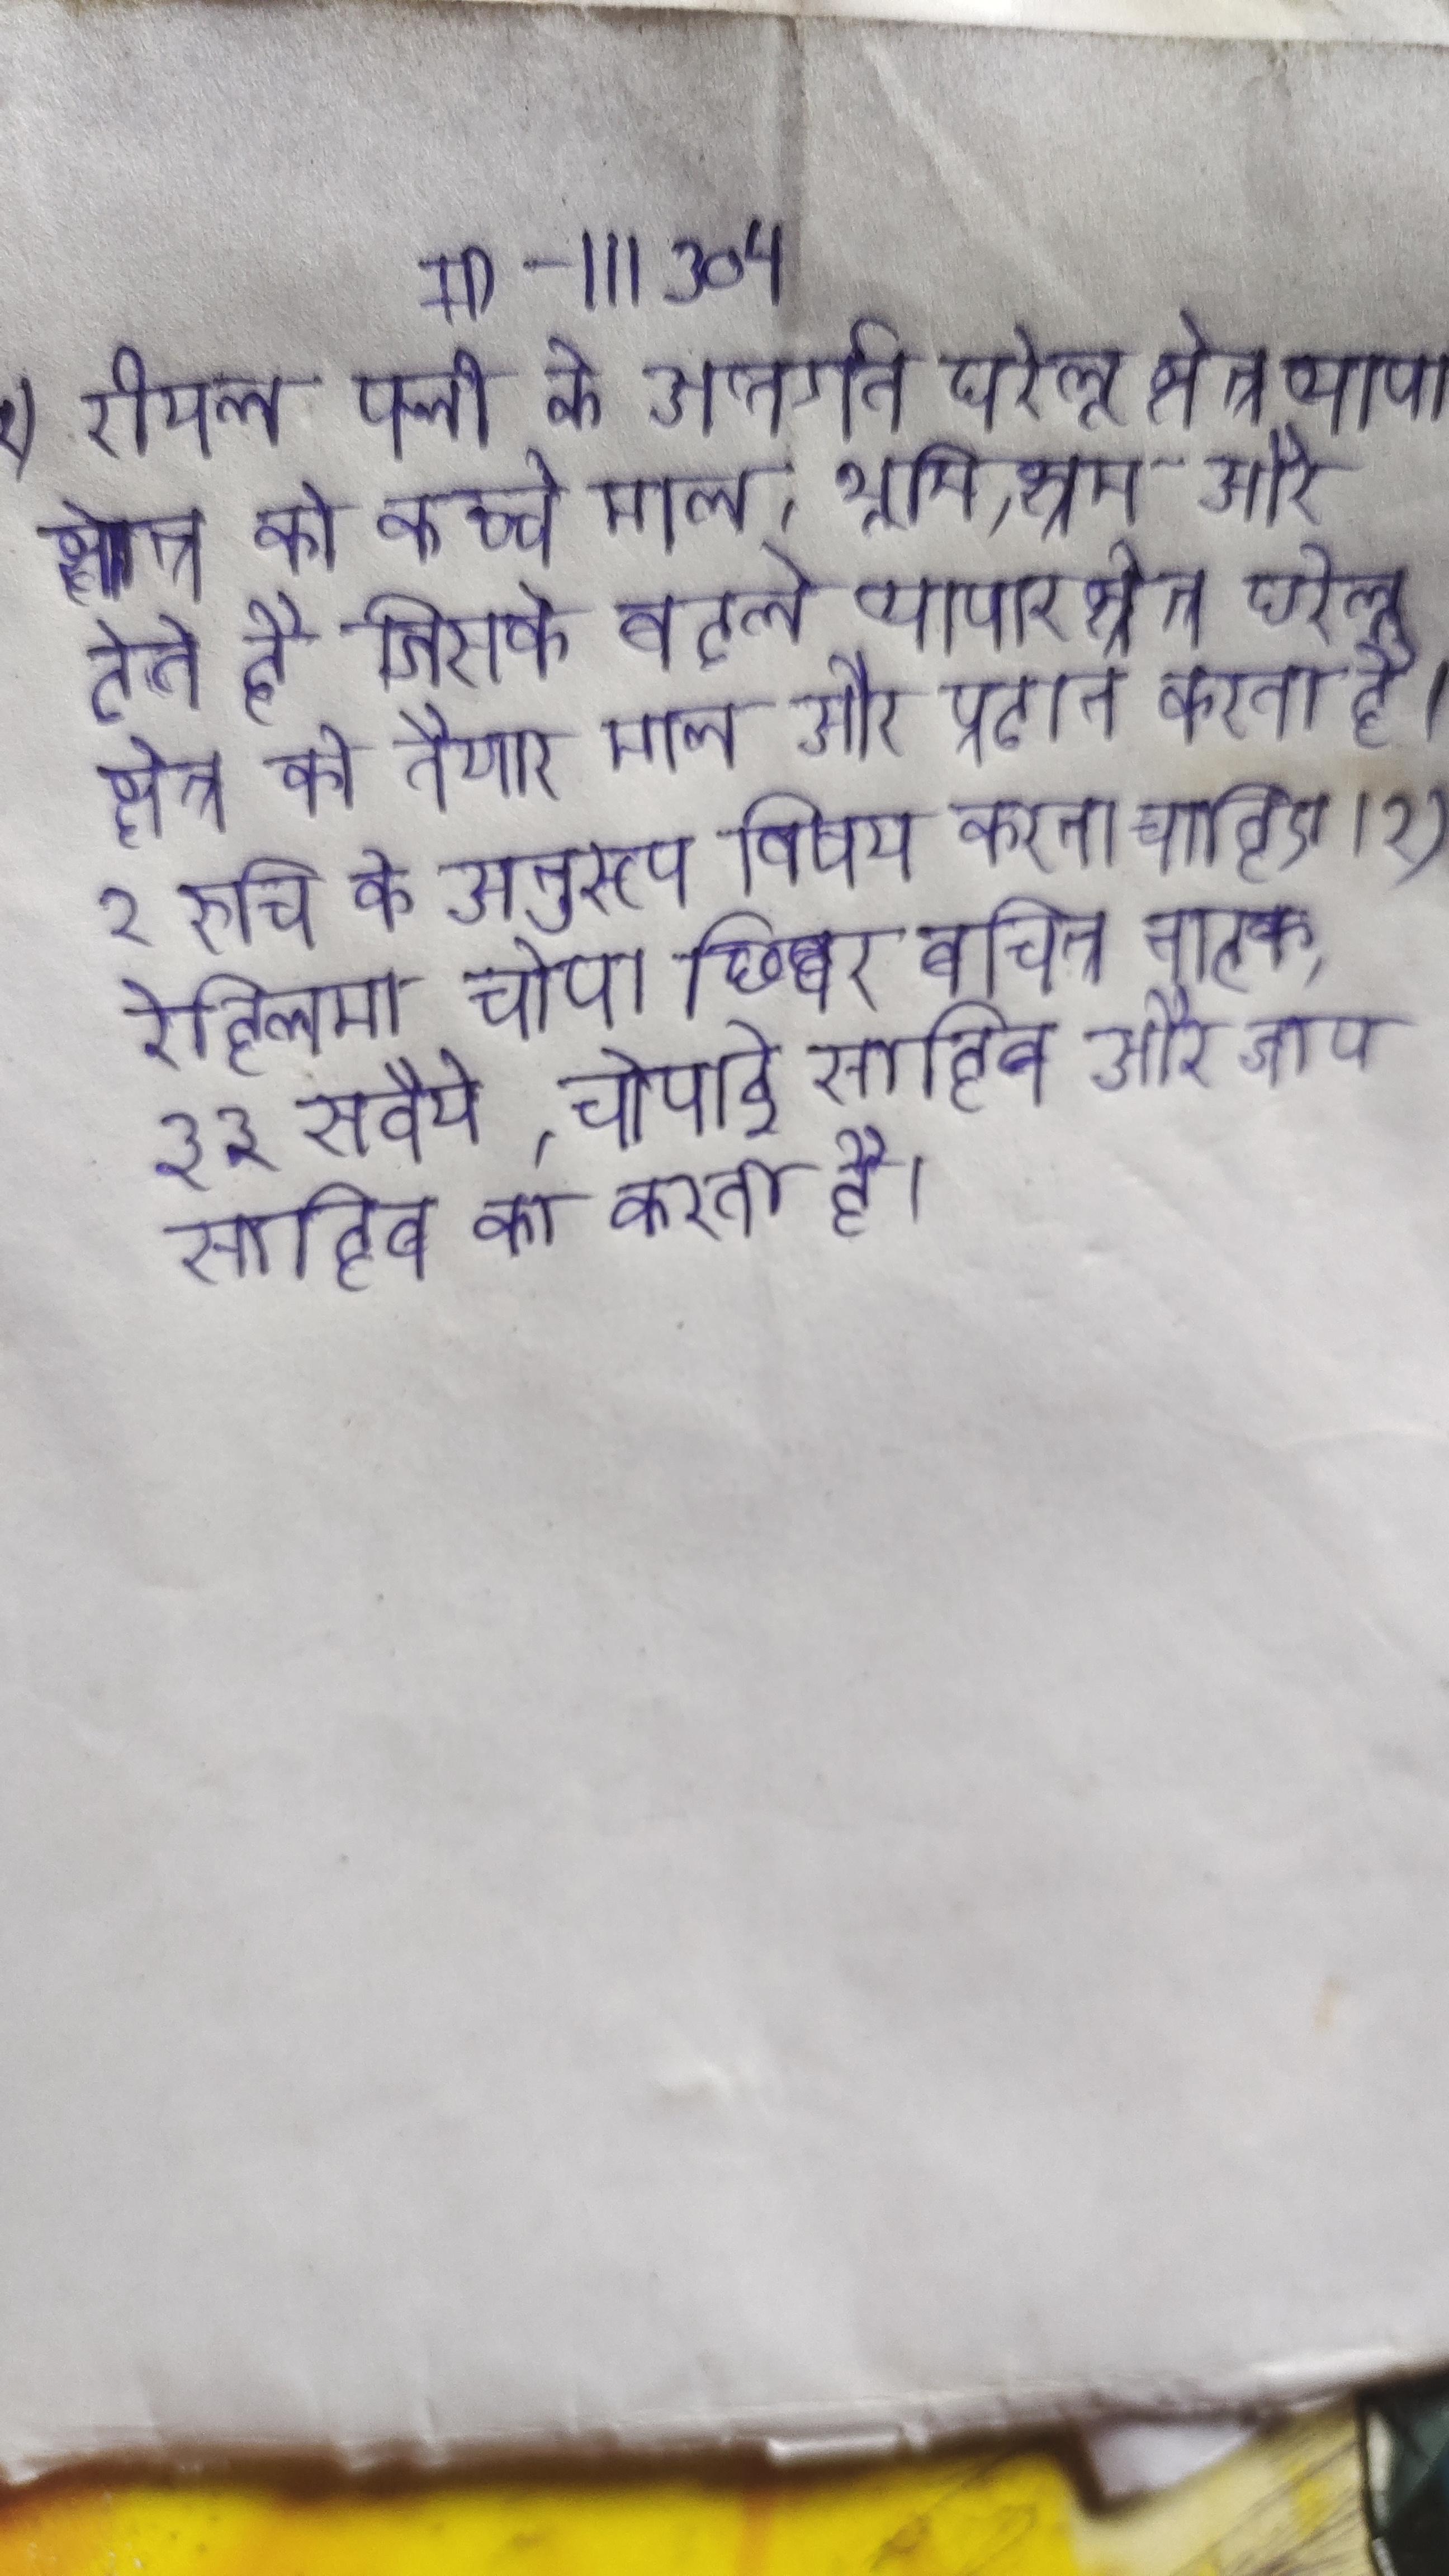
२) रीयल फ्लो के अन्तर्गत घरेलू क्षेत्र व्यापार क्षेत्र को कच्चे माल, भूमि, श्रम और देते है जिसके बदले व्यापार क्षेत्र घरेलू क्षेत्र को तैयार माल और प्रदान करता है । २ रुचि के अनुरूप विषय करना चाहिए । २) रेहित्नमा चोपा छिब्बर बचित्र नाटक, ३३ सवैये, चोपाई साहिब और जाप साहिब का करता है ।